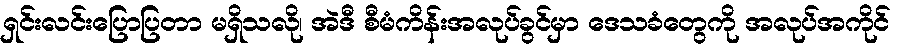
ရှင်းလင်းပြောပြတာ မရှိသလို၊ အဲဒီ စီမံကိန်းအလုပ်ခွင်မှာ ဒေသခံတွေကို အလုပ်အကိုင်